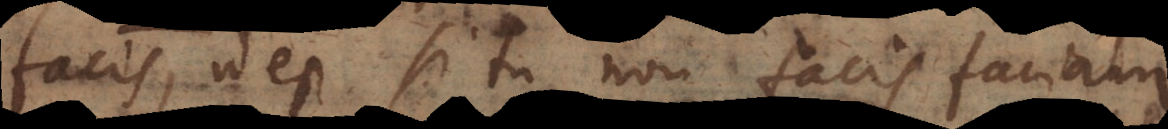
facis, id est si tu non facis faciam